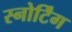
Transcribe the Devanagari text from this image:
स्नोर्टिंग